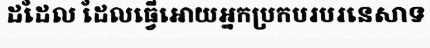
ដដែល ដែលធ្វើអោយអ្នកប្រកបរបរនេសាទ